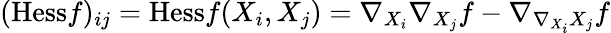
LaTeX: ({\mathrm{Hess}}f)_{ij}={\mathrm{Hess}}f(X_{i},X_{j})=\nabla_{X_{i}}\nabla_{X_{j}}f-\nabla_{\nabla_{X_{i}}X_{j}}f